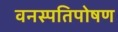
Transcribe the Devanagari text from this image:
वनस्पतिपोषण